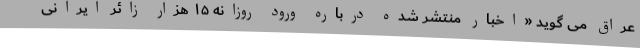
عراق می گوید «اخبار منتشر شده درباره ورود روزانه ۱۵ هزار زائر ایرانی